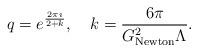
LaTeX: \begin{align*}q=e^\frac{2\pi\imath}{2+k},\quad k=\frac{6\pi}{G_{\rm Newton}^2\Lambda}.\end{align*}